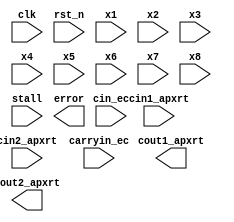
module amoa_apx1_b1(
input clk,
input rst_n,
// input of ApxRT
input x1,
input x2,
input x3,
input x4,
input x5,
input x6,
input x7,
input x8,
input cin1_apxrt,
input cin2_apxrt,
// input of EC8
// input err, U_err
input cin_ec,
input carryin_ec,
// input of CPA
input stall,
//output of apxRT
output cout1_apxrt,
output cout2_apxrt,
//output sum_r,
//output carry_r,
//output [2:0] U_err,
output error
);


endmodule